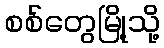
စစ်တွေမြို့သို့